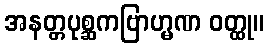
အနတ္တပုစ္ဆကဗြာဟ္မဏ ဝတ္ထု။